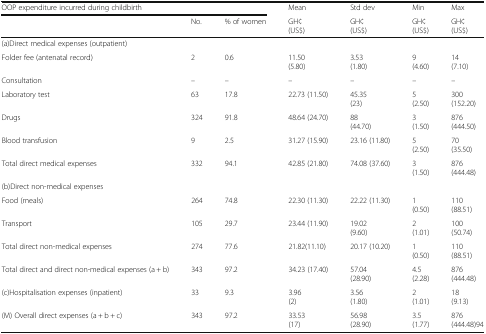
| <COLSPAN=3> OOP expenditure incurred during childbirth | Mean | Std dev | Min | Max |
 |  | No. | % of women | GH¢(US$) | GH¢(US$) | GH¢(US$) | GH¢(US$) |
 | --- | --- | --- | --- | --- | --- | --- |
 | <COLSPAN=7> (a)Direct medical expenses (outpatient) |
 | Folder fee (antenatal record) | 2 | 0.6 | 11.50(5.80) | 3.53(1.80) | 9(4.60) | 14(7.10) |
 | Consultation | – | – | – | – | – | – |
 | Laboratory test | 63 | 17.8 | 22.73 (11.50) | 45.35(23) | 5(2.50) | 300(152.20) |
 | Drugs | 324 | 91.8 | 48.64 (24.70) | 88(44.70) | 3(1.50) | 876(444.50) |
 | Blood transfusion | 9 | 2.5 | 31.27 (15.90) | 23.16 (11.80) | 5(2.50) | 70(35.50) |
 | Total direct medical expenses | 332 | 94.1 | 42.85 (21.80) | 74.08 (37.60) | 3(1.50) | 876(444.48) |
 | <COLSPAN=7> (b)Direct non-medical expenses |
 | Food (meals) | 264 | 74.8 | 22.30 (11.30) | 22.22 (11.30) | 1(0.50) | 110(88.51) |
 | Transport | 105 | 29.7 | 23.44 (11.90) | 19.02(9.60) | 2(1.01) | 100(50.74) |
 | Total direct non-medical expenses | 274 | 77.6 | 21.82(11.10) | 20.17 (10.20) | 1(0.50) | 110(88.51) |
 | Total direct and direct non-medical expenses (a + b) | 343 | 97.2 | 34.23 (17.40) | 57.04(28.90) | 4.5(2.28) | 876(444.48) |
 | (c)Hospitalisation expenses (inpatient) | 33 | 9.3 | 3.96(2) | 3.56(1.80) | 2(1.01) | 18(9.13) |
 | (M) Overall direct expenses (a + b + c) | 343 | 97.2 | 33.53(17) | 56.98(28.90) | 3.5(1.77) | 876(444.48)94 |